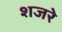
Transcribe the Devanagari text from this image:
शजरे